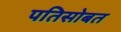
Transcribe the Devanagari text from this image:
पतिसोबत